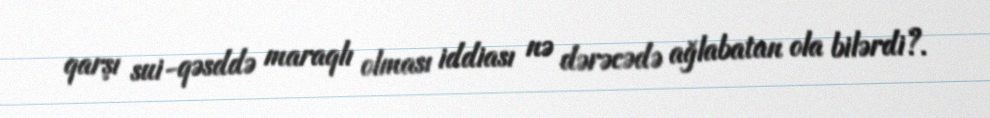
qarşı sui-qəsddə maraqlı olması iddiası nə dərəcədə ağlabatan ola bilərdi?.